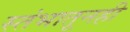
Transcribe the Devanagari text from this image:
स्तंभातूनही